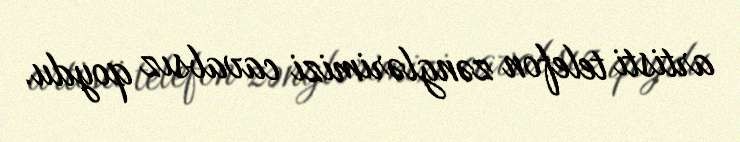
artisti telefon zənglərimizi cavabsız qoydu.